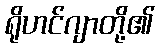
ရိုဟင်ဂျာတို့၏